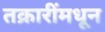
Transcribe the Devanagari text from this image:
तक्रारींमधून